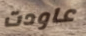
عاودت